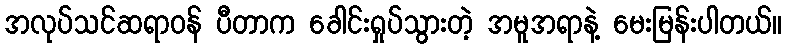
အလုပ်သင်ဆရာဝန် ပီတာက ခေါင်းရှုပ်သွားတဲ့ အမူအရာနဲ့ မေးမြန်းပါတယ်။